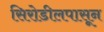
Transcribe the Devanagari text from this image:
सिरोडीलपासून